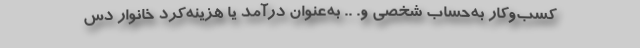
کسب‌وکار به‌حساب شخصی و. .. به‌عنوان درآمد یا هزینه‌کرد خانوار دس